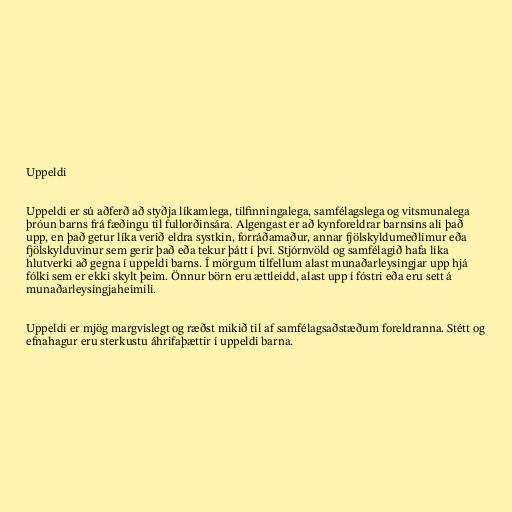
Uppeldi

Uppeldi er sú aðferð að styðja líkamlega, tilfinningalega, samfélagslega og vitsmunalega
þróun barns frá fæðingu til fullorðinsára. Algengast er að kynforeldrar barnsins ali það
upp, en það getur líka verið eldra systkin, forráðamaður, annar fjölskyldumeðlimur eða
fjölskylduvinur sem gerir það eða tekur þátt í því. Stjórnvöld og samfélagið hafa líka
hlutverki að gegna í uppeldi barns. Í mörgum tilfellum alast munaðarleysingjar upp hjá
fólki sem er ekki skylt þeim. Önnur börn eru ættleidd, alast upp í fóstri eða eru sett á
munaðarleysingjaheimili.

Uppeldi er mjög margvíslegt og ræðst mikið til af samfélagsaðstæðum foreldranna. Stétt og
efnahagur eru sterkustu áhrifaþættir í uppeldi barna.